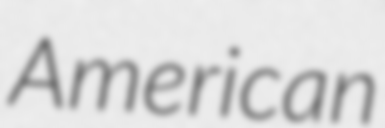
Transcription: American